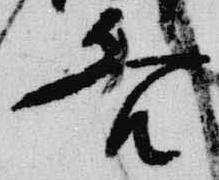
各